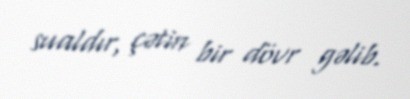
sualdır, çətin bir dövr gəlib.